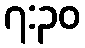
၇:၃၀